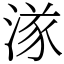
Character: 㴚